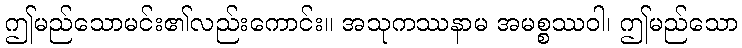
ဤမည်သောမင်း၏လည်းကောင်း။ အသုကဿနာမ အမစ္စဿဝါ၊ ဤမည်သော